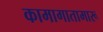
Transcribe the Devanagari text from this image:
कामागातामारू